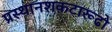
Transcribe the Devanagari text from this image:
प्रस्थानशकटारूढो